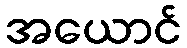
အယောင်